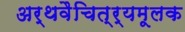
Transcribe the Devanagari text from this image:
अर्थवैचित्र्यमूलक